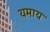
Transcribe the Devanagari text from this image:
यमाय